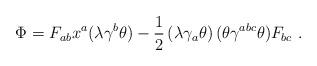
LaTeX: \begin{align*}\Phi = F_{ab} x^a ( \lambda \gamma^{b}\theta ) -\frac{1}{2} \left( \lambda \gamma_{a}\theta \right)( \theta \gamma^{abc}\theta ) F_{bc}\ .\end{align*}